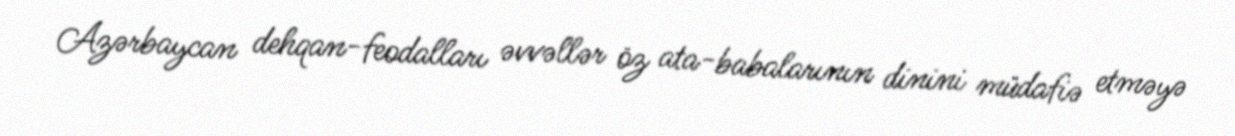
Azərbaycan dehqan-feodalları əvvəllər öz ata-babalarının dinini müdafiə etməyə